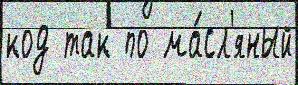
код так по ма́сл'яный